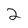
Character: 2